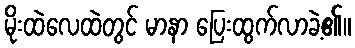
မိုးထဲလေထဲတွင် မာနာ ပြေးထွက်လာခဲ့၏။